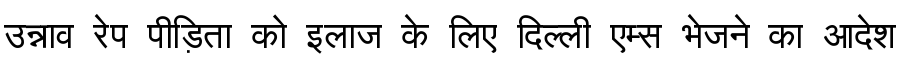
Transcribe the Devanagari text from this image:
उन्नाव रेप पीड़िता को इलाज के लिए दिल्ली एम्स भेजने का आदेश